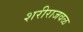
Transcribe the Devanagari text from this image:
शरीराजवळ